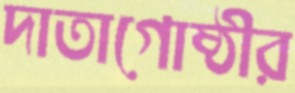
দাতাগোষ্ঠীর